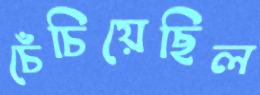
চেঁচিয়েছিল